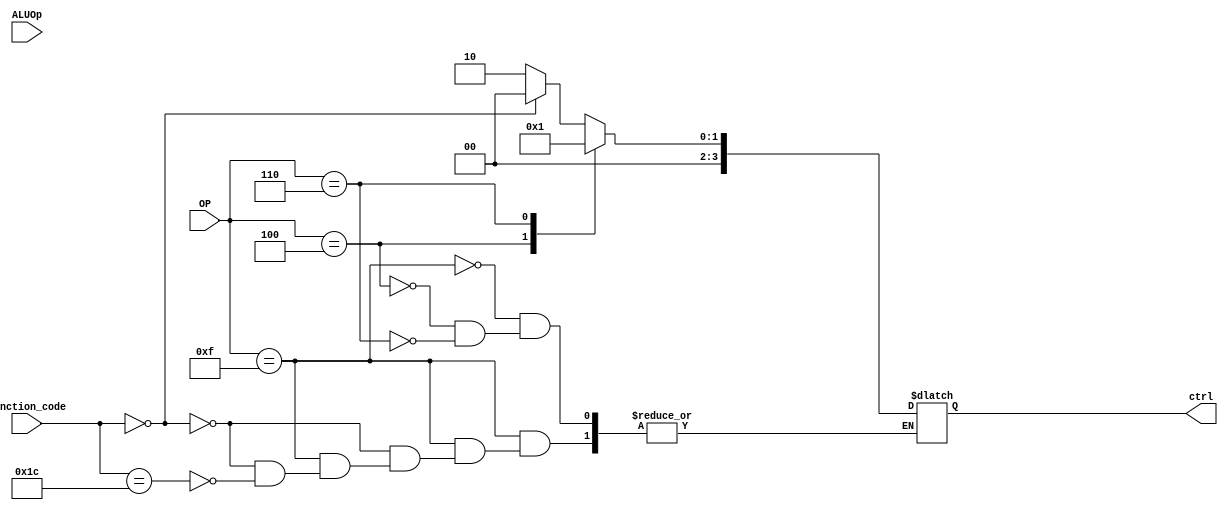
`timescale 1ns / 1ps

module ALUctrl(
    input ALUOp,
    input [3:0] OP,
    input [5:0] function_code,
    output reg [3:0] ctrl
    );
    always @(*) begin
        case(OP)
            4'd15: begin
                if(function_code == 6'd0) ctrl = 4'b0000;
                else if(function_code == 6'd28) ctrl = 4'b0010;
            end
            4'd4: ctrl = 4'b0000;
            4'd6: ctrl = 4'b0001;        endcase
    end
    
endmodule